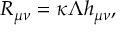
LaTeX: R _ { \mu \nu } = \kappa \Lambda h _ { \mu \nu } ,